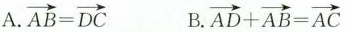
A. $$\overrightarrow { A B } = \overrightarrow { D C }$$ B. $$\overrightarrow { A D } + \overrightarrow { A B } = \overrightarrow { A C }$$